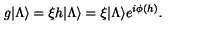
g | \Lambda \rangle = \xi h | \Lambda \rangle = \xi | \Lambda \rangle e ^ { i \phi ( h ) } .